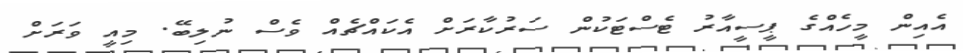
އެއިން މީހެއްގެ ޕީސީއާރު ޓެސްޓަކުން ސަރުކާރަށް އެކައްޗެއް ވެސް ނުލިބޭ. މިއީ ވަރަށް